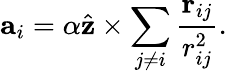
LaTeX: {\mathbf a}_{i}=\alpha\hat{\mathbf z}\times\sum_{j\neq i}\frac{{\mathbf r}_{ij}}{r_{ij}^{2}}.